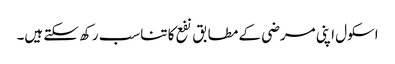
اسکول اپنی مرضی کے مطابق نفع کا تناسب رکھ سکتے ہیں۔